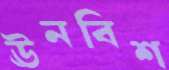
ঊনবিশ